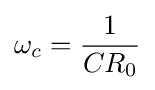
\omega _{c}={\frac {1}{CR_{0}}}